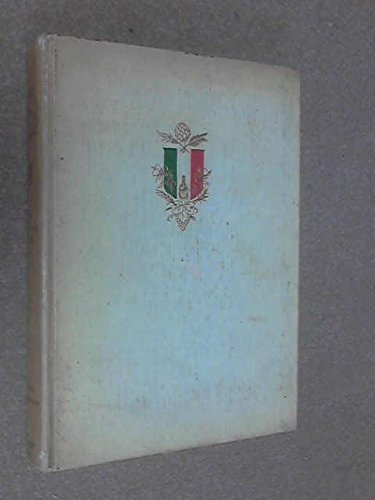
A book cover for Italian Bouquet : An Epicurean Tour of Italy; Samuel, 1895- Chamberlain; Travel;